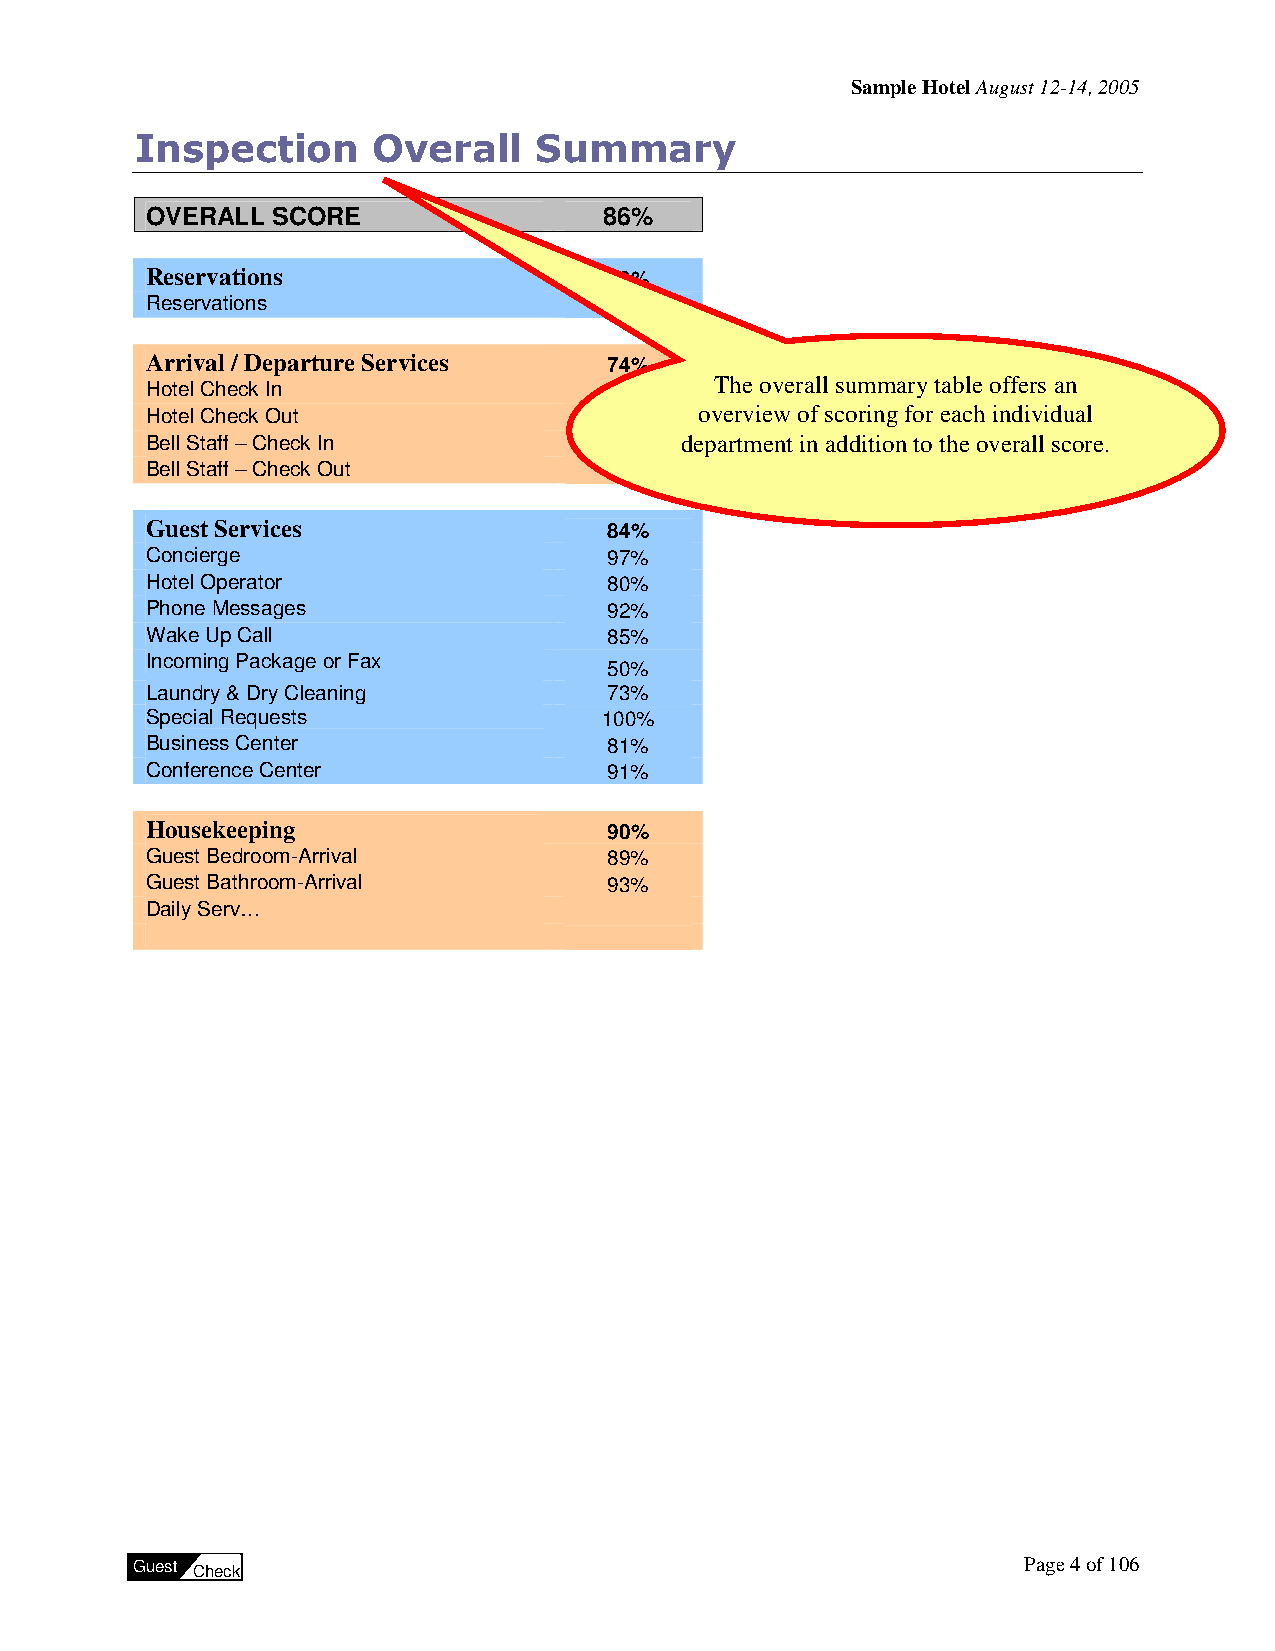
Sample Hotel August 12-14, 2005
 Inspection      Overall   Summary
 OVERALL SCORE                 86%
 Reservations                  60%
 Reservations                  60%
 Arrival / Departure Services  74%
 Hotel Check In                56%    The overall summary table offers an
 Hotel Check Out               77%   overview of scoring for each individual
 Bell Staff – Check In         97%  department in addition to the overall score.
 Bell Staff – Check Out        91%
 Guest Services                84%
 Concierge                     97%
 Hotel Operator                80%
 Phone Messages                92%
 Wake Up Call                  85%
 Incoming Package or Fax
 50%
 Laundry & Dry Cleaning        73%
 Special Requests              100%
 Business Center               81%
 Conference Center             91%
 Housekeeping                  90%
 Guest Bedroom-Arrival         89%
 Guest Bathroom-Arrival        93%
 Daily Serv…
 Guest Check                                                Page 4 of 106